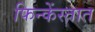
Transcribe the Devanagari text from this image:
फिन्केंस्तात